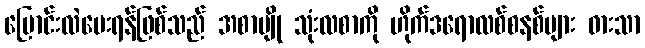
ပြောင်းလဲပေးရန်ဖြစ်သည် အစာမျို သုံးလစာကို ဟိုက်ဒရောလစ်စနစ်များ ဓားသာ